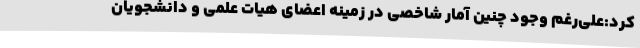
کرد:علی‌رغم وجود چنین آمار شاخصی در زمینه اعضای هیات علمی و دانشجویان